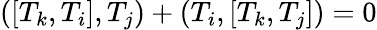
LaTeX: ([T_{k},T_{i}],T_{j})+(T_{i},[T_{k},T_{j}])=0